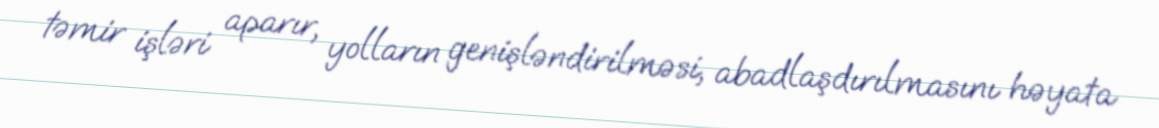
təmir işləri aparır, yolların genişləndirilməsi, abadlaşdırılmasını həyata